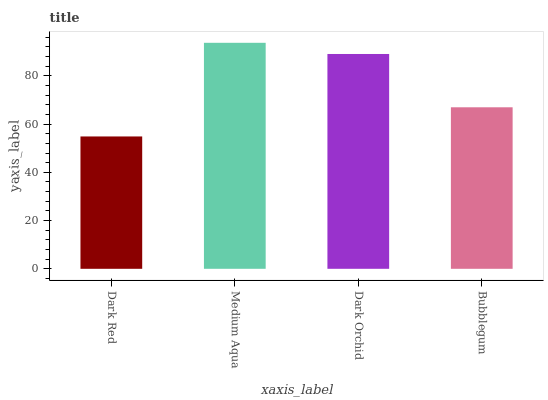
| xaxis_label | bars |
 | --- | --- |
 | Dark Red | 54.9 |
 | Medium Aqua | 93.7 |
 | Dark Orchid | 89 |
 | Bubblegum | 67 |